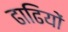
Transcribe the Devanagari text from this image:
ढाढियों